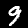
Label: 9